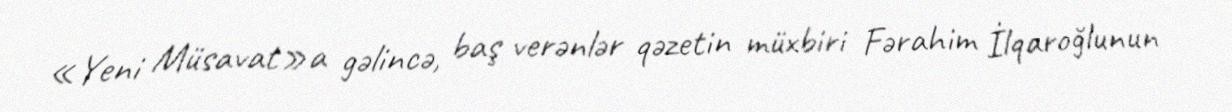
«Yeni Müsavat»a gəlincə, baş verənlər qəzetin müxbiri Fərahim İlqaroğlunun